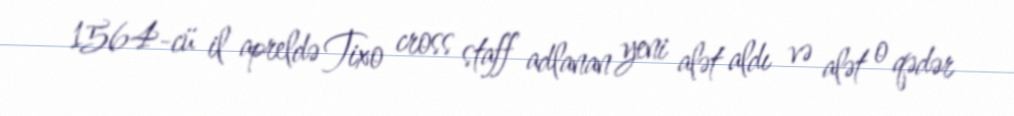
1564-cü il apreldə Tixo cross staff adlanan yeni alət aldı və alət o qədər